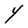
Character: Y